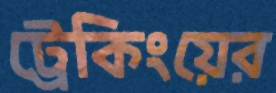
ট্রেকিংয়ের